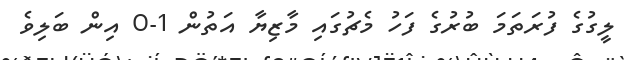
ލީގުގެ ފުރަތަމަ ބުރުގެ ފަހު މެޗުގައި މާޒިޔާ އަތުން 1-0 އިން ބަލިވެ